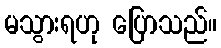
မသွားရဟု ပြောသည်။